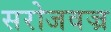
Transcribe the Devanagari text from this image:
सरोजवज्र